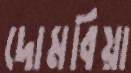
দোমবিয়া